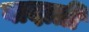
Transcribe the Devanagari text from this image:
वादाती